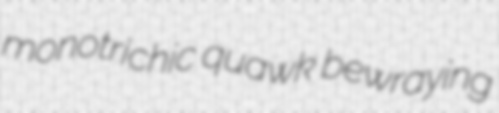
monotrichic quawk bewraying